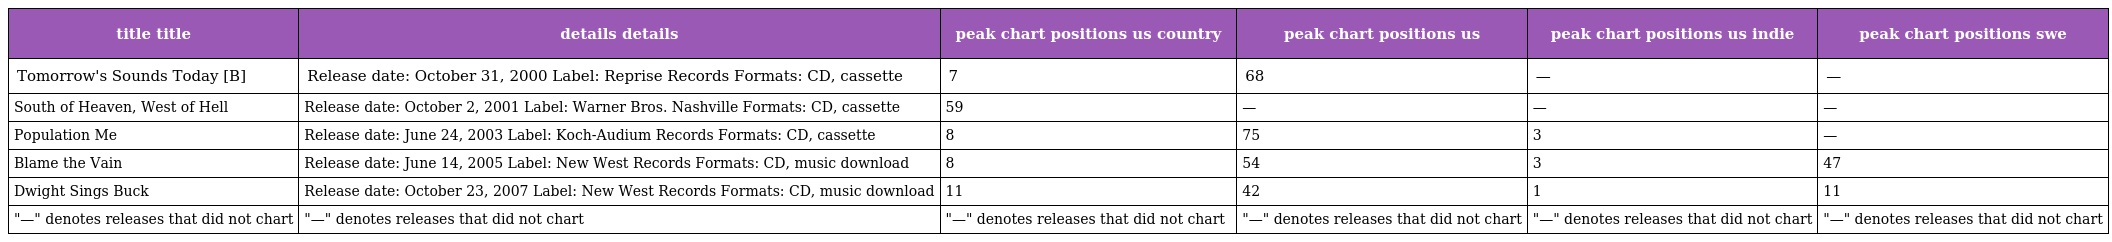
| title title | details details | peak chart positions us country | peak chart positions us | peak chart positions us indie | peak chart positions swe |
 | --- | --- | --- | --- | --- | --- |
 | Tomorrow's Sounds Today [B] | Release date: October 31, 2000 Label: Reprise Records Formats: CD, cassette | 7 | 68 | — | — |
 | South of Heaven, West of Hell | Release date: October 2, 2001 Label: Warner Bros. Nashville Formats: CD, cassette | 59 | — | — | — |
 | Population Me | Release date: June 24, 2003 Label: Koch-Audium Records Formats: CD, cassette | 8 | 75 | 3 | — |
 | Blame the Vain | Release date: June 14, 2005 Label: New West Records Formats: CD, music download | 8 | 54 | 3 | 47 |
 | Dwight Sings Buck | Release date: October 23, 2007 Label: New West Records Formats: CD, music download | 11 | 42 | 1 | 11 |
 | "—" denotes releases that did not chart | "—" denotes releases that did not chart | "—" denotes releases that did not chart | "—" denotes releases that did not chart | "—" denotes releases that did not chart | "—" denotes releases that did not chart |